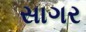
સાગર